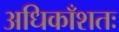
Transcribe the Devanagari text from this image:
अधिकाँशतः